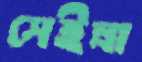
সেইল্লা